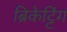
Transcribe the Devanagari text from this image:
ब्रिकेट्टिंग